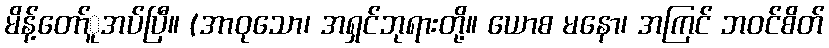
မိန့်တော်ူအပ်ပြီ။ (အာဝုသော၊ အရှင်ဘုရားတို့။ ယောစ မနော၊ အကြင် ဘဝင်စိတ်